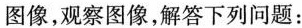
图像，观察图像，解答下列问题：